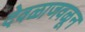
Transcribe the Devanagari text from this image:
देवळाजवळून